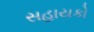
સહાયકો